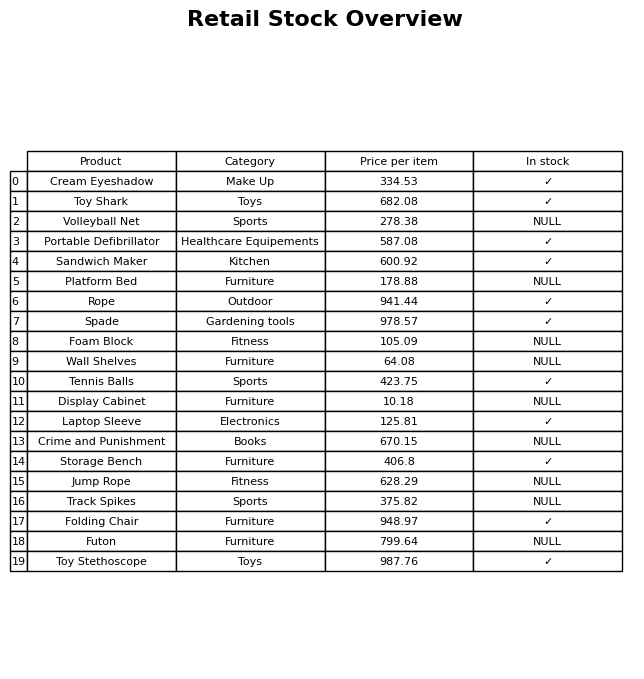
question: What is the stock status of the Track Spikes?
answer: NULL